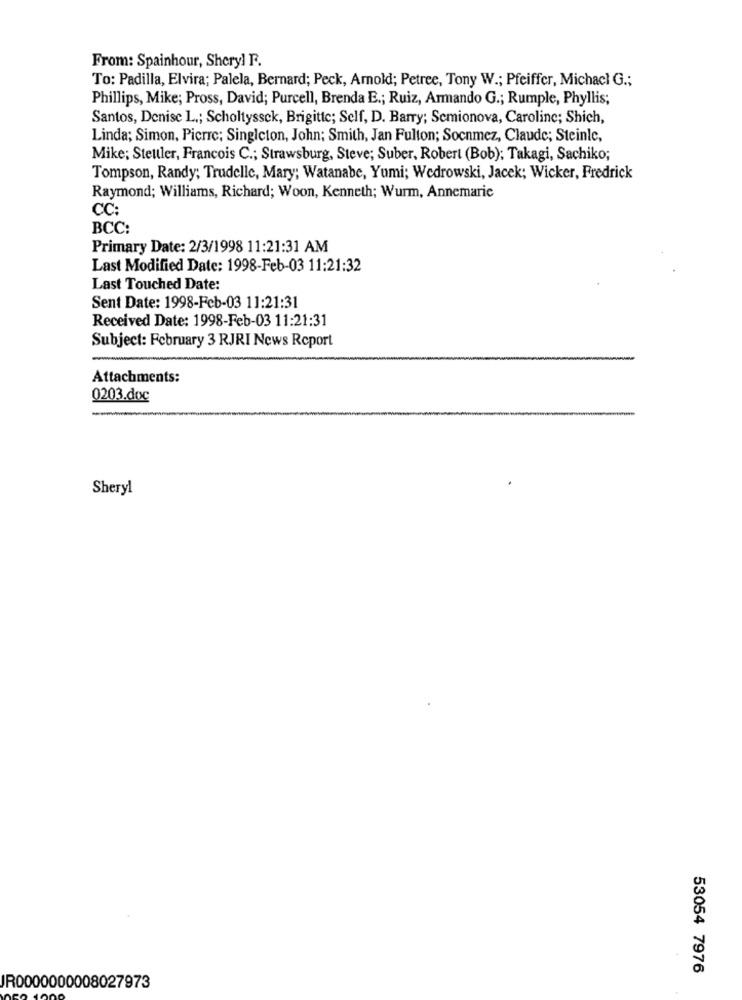
From: Spainhour, Sheryl F.
To: Padilla, Elvira; Palela, Bernard; Peck, Arnold; Petree, Tony W .; Pfeiffer, Michacl G .;
Phillips, Mike; Pross, David; Purcell, Brenda E .; Ruiz, Armando G .; Rumple, Phyllis;
Santos, Denise L .; Scholtyssek, Brigitte; Self, D. Barry; Semionova, Caroline; Shich,
Linda; Simon, Pierre; Singleton, John; Smith, Jan Fulton; Socnmez, Claude; Steinle,
Mike; Steller, Francois C .; Strawsburg, Steve; Suber, Robert (Bob); Takagi, Sachiko;
Tompson, Randy; Trudellc, Mary; Watanabe, Yumi; Wedrowski, Jacek; Wicker, Fredrick
Raymond; Williams, Richard; Woon, Kenneth; Wurm, Annemarie
CC:
BCC:
Primary Date: 2/3/1998 11:21:31 AM
Last Modified Date: 1998-Feb-03 11:21:32
Last Touched Date:
Sent Date: 1998-Feb-03 11:21:31
Received Date: 1998-Feb-03 11:21:31
Subject: February 3 RJRI News Report
Attachments:
0203.doc
Sheryl
53054 7976
IR0000000008027973